Leaving Certificate Examination, 1912
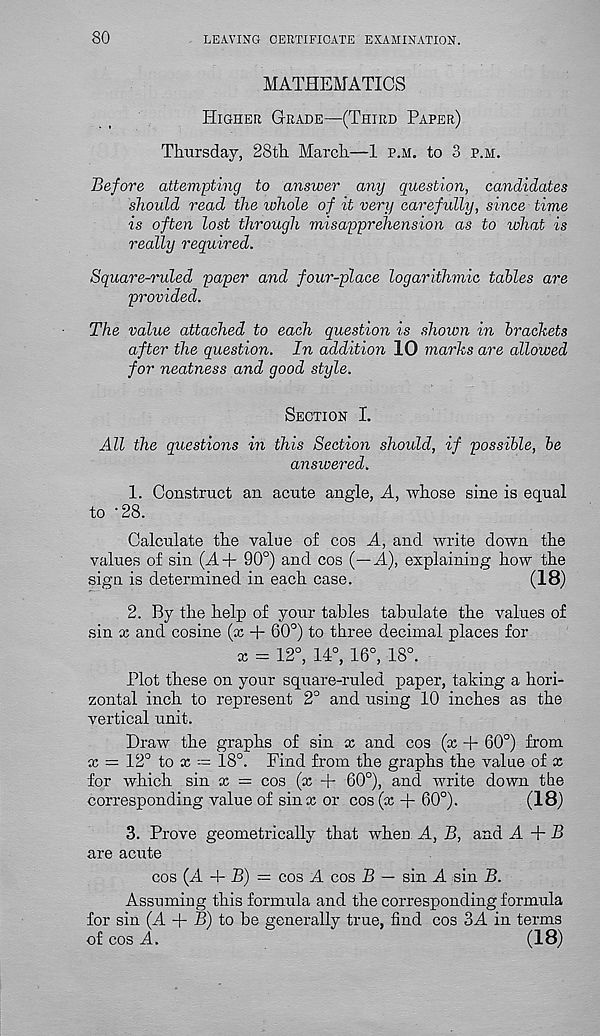
80
LEAVING CERTIFICATE EXAMINATION.
MATHEMATICS
Higher Grade—(Third Paper)
Thursday, 28th March—1 p.h. to 3 p.m.
Before attempting to answer any question, candidates
should read the whole of it very carefully, since time
is often lost through misapprehension as to what is
really required.
Square-ruled paper and four-place logarithmic tables are
provided.
The value attached to each question is shown in brackets
after the question. In addition 10 marks are allowed
for neatness and good style.
Section I.
All the questions in this Section should, if possible, be
answered.
1. Construct an acute angle, A, whose sine is equal
to '28.
Calculate the value of cos A, and write down the
values of sin (A+ 90°) and cos (—A), explaining how the
sign is determined in each case.
(18)
2. By the help of your tables tabulate the values of
sin x and cosine (x + 60°) to three decimal places for
x = 12°, 14°, 16°, 18°.
Plot these on your square-ruled paper, taking a hori-
zontal inch to represent 2° and using 10 inches as the
vertical unit.
Draw the graphs of sin x and cos (x + 60°) from
x = 12° to x -= 18°. Find from the graphs the value of x
for which sin x = cos (x + 60°), and write down the
corresponding value of sinx or cos (x + 60°).
(18)
3. Prove geometrically that when A, B, and A
B
are acute
cos (A -4- B) = cos A cos B — sin A sin B.
Assuming this formula and the corresponding formula
for sin (A + B) to be generally true, find cos 3A in terms
of cos A.
(18)